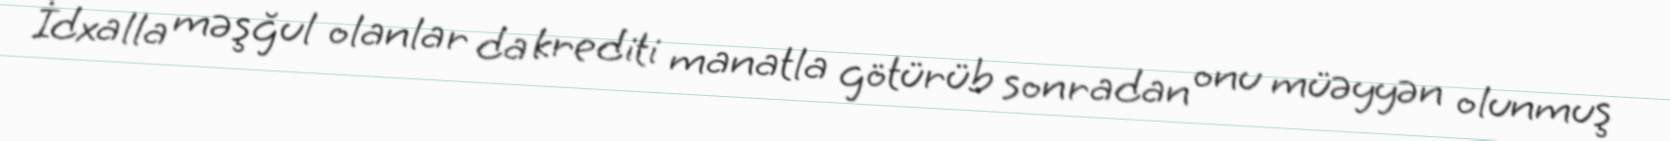
İdxalla məşğul olanlar da krediti manatla götürüb sonradan onu müəyyən olunmuş